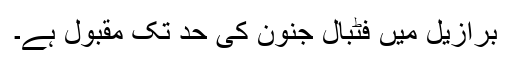
برازیل میں فٹبال جنون کی حد تک مقبول ہے۔